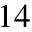
^ { 1 4 }